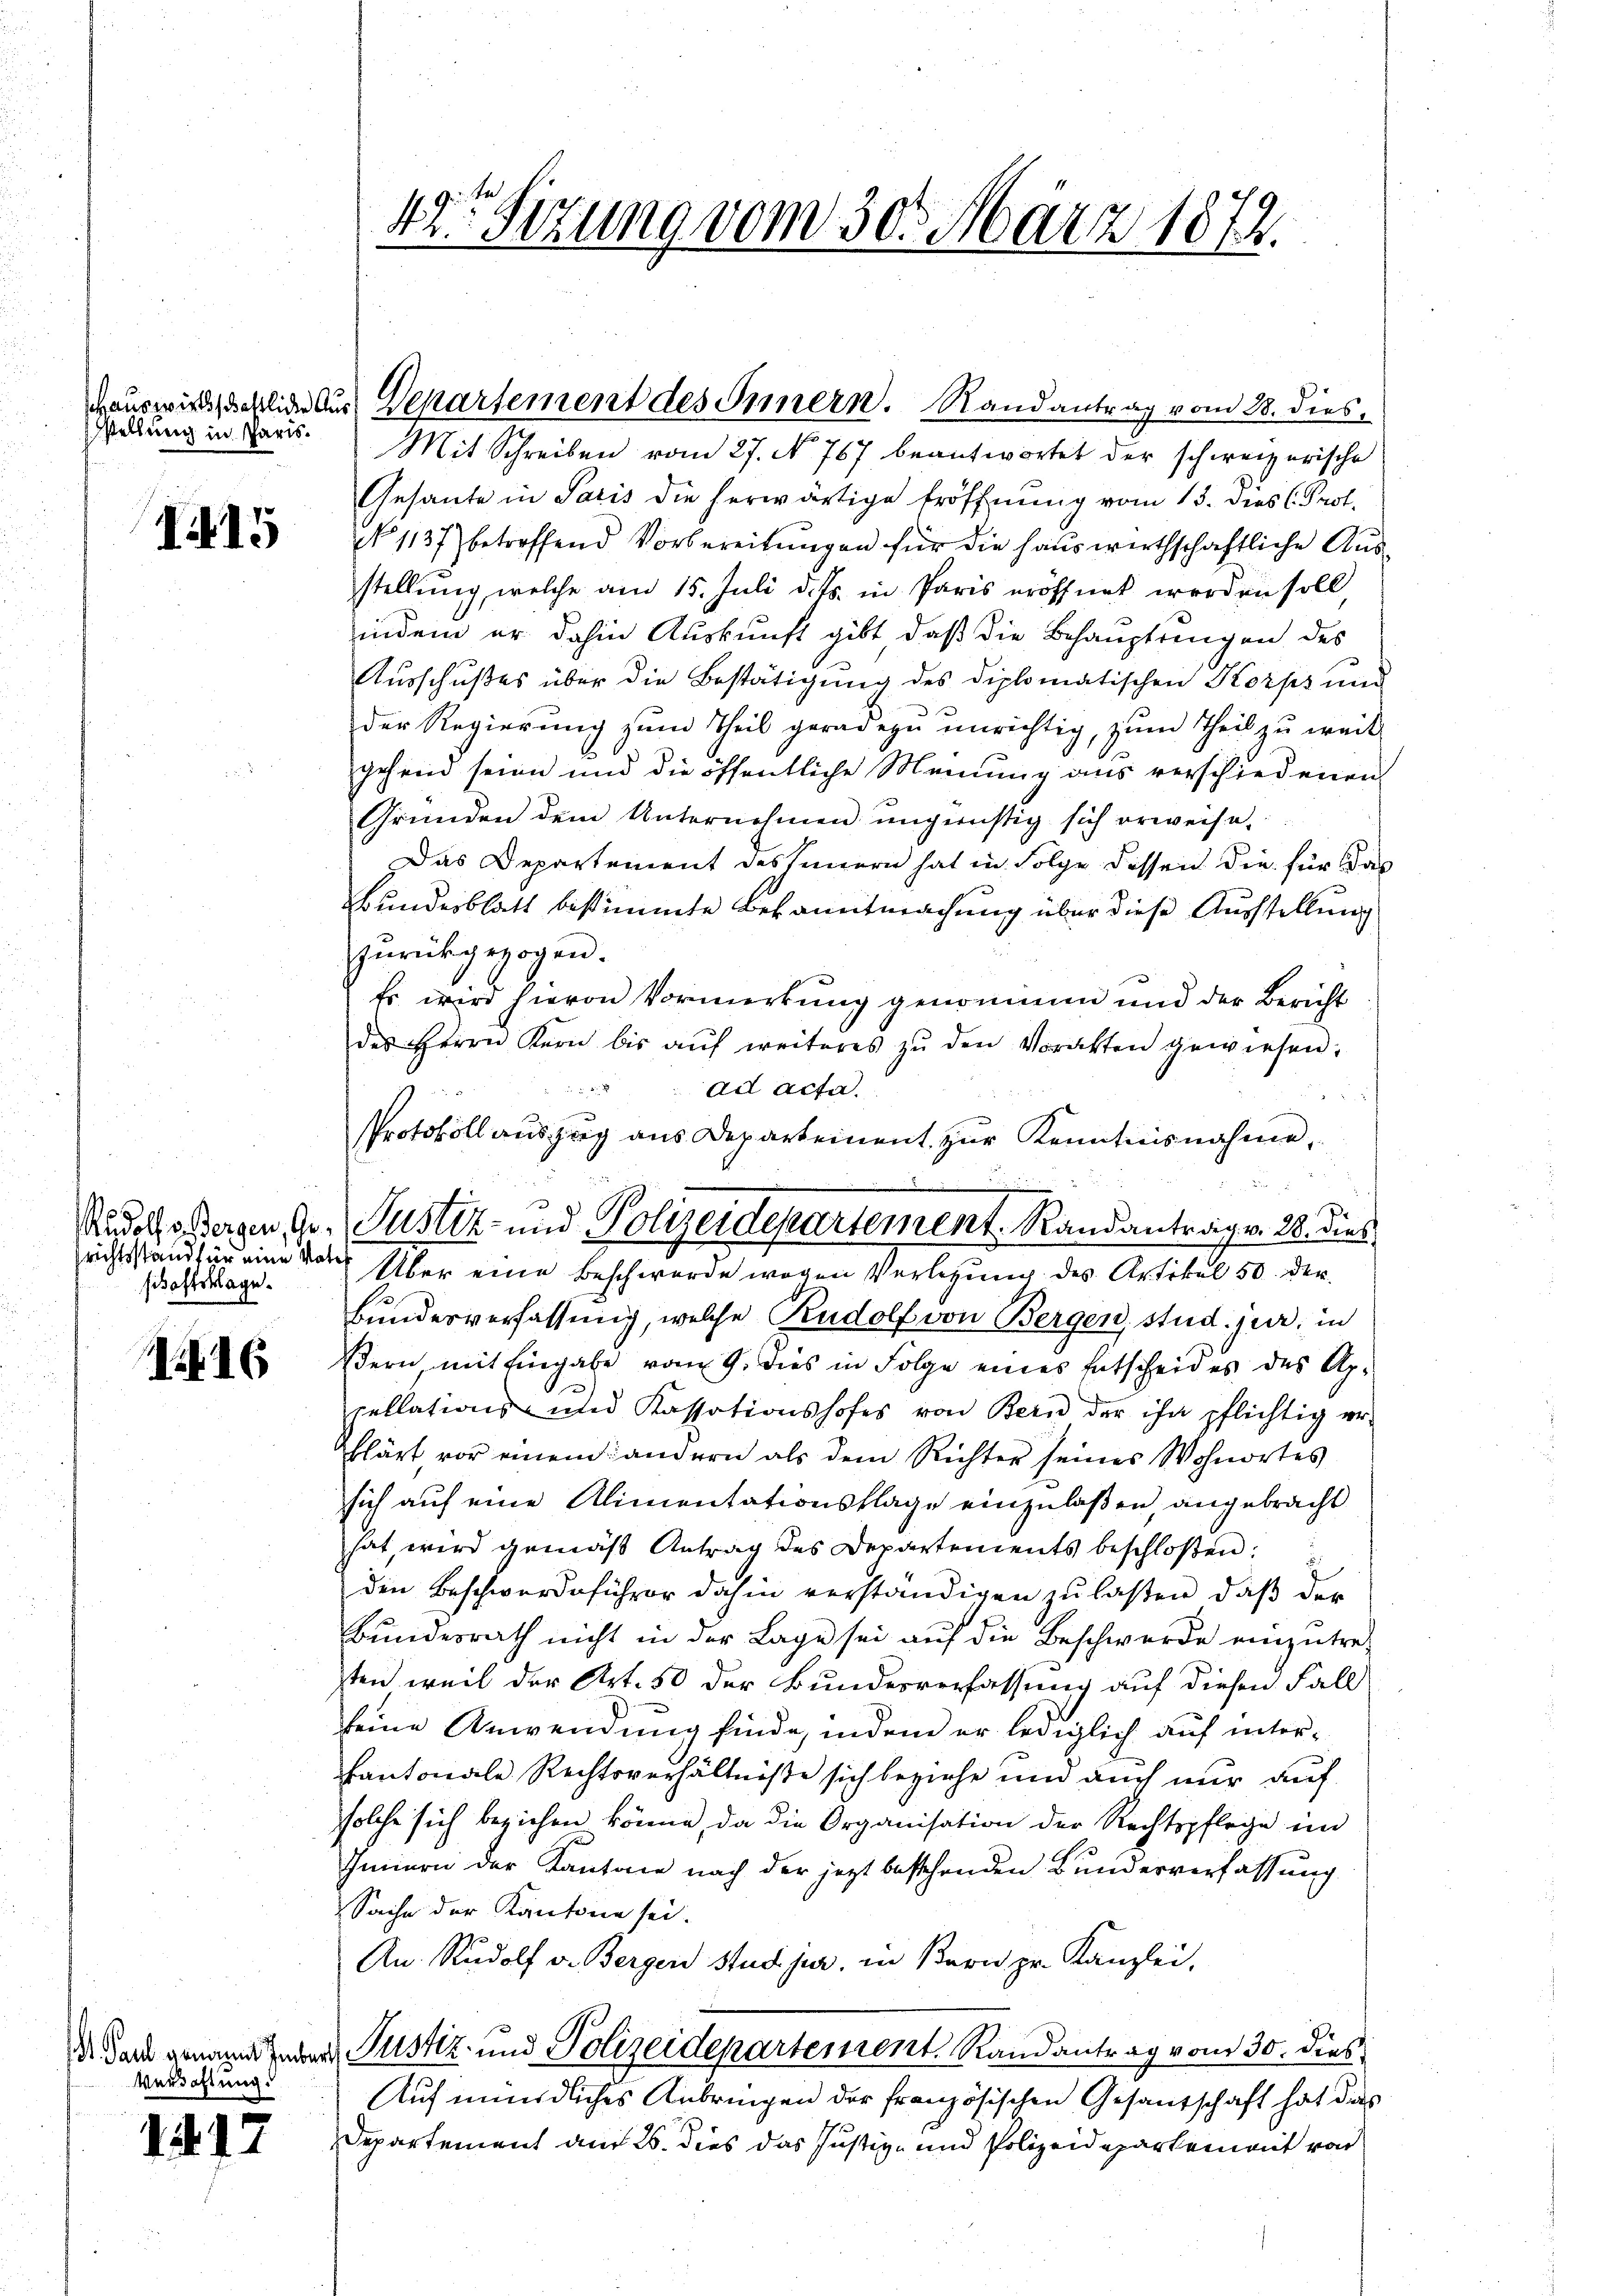
stellung in Paris.

115

schaftsklage.

116

Verdohlung.

i

4

42. Setzung vom 30. März 1872.

Mit Schreiben vom 27. No. 767 beantwortet der schweizerische
Gesante in Paris die herwärtige Eröffnŭng vom 15. dies Prof.
No 1137) betreffend Vorbereitŭngen für die Hauswirthschaftliche Aus-
stellung, welche am 15. Juli d. Js. in Paris eröffnet werden soll,
indem er dahin Auskunft gibt, daß die Behauptringen des
Ausschußes über die Bestätigung des diplomatischen Korps und
der Regierung zum Theil geradezu unrichtig, zum Theil zu weit
gehend seien und die öffentliche Meinung aus verschiedenen
Gründen dem Unternehmen ungünstig sich erweise.
Das Departement des seinern hat in Folge dessen die für das
Bundesblatt bestimmte Bekanntmachung über diese Ausstellung
zurückgezogen.
Es wird hievon Vormerkung genommen und der Bericht
des Herrn Kern bis aŭf weiteres zŭ den Vorakten gewiesen.
ad acta.
richtsstandter eine vor Über eine Beschwerde wegen Verlegung des Artikel 50. der
Bundesverfassung, welche Rudolf von Bergen, stud. jur. in
ßern, mit Eingabe vom 9. dies in Folge eines Entscheid es des Apcellations- und Kassationshofes von Bern der ihn pflichtig er-
klärt, vor einem andern als dem Richter seines Wohnortes
sich auf eine Alimentationsklage einzulaßen, angebracht
hat, wird gemäß Antrag des Departements beschloßen:
den Beschwerdeführer dahin verständigen zu laßen, daß der
Bundesrath nicht in der Lage sei auf die Beschwerde einzutreten weil der Art. 50 der Bundesverfassung auf diesen Fall
seine Anwendung finde, indem er lediglich auf interkantonale Rechtsverhältniße sich beziehe und auch nur auf
solche sich beziehen könne, da die Organisation der Rechtspflege im
Innern der Kantone nach der jetzt bestehenden Bunderverfassung
Sache der Kantone sei.
An Rudolf v. Berger stud. jur. in Bern pr. Kanzlei.
d dar genannt der Justiz- und Polizeidepartement, Randantrag vom 30. dies
Auf mündliches Anbringen der französischen Gesantschaft hat das
Departement am 26. dies das Justiz- und Polizeidepartem mit von

auswirksschlin aus Departement des Innern. Randantrag vom 28. dies¬

Protokoll auszug aus Departement zur Kenntnisnahme,
Rudolfsstagen 1. Justiz- und Polizeidepartement. Randantrag v. 28. dies